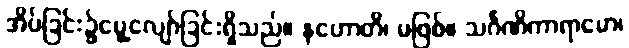
အိပ်ခြင်း၌မွေ့လျော်ခြင်းရှိသည်။ နဟောတိ၊ မဖြစ်။ သင်္ဂဏိကာရာမော၊